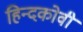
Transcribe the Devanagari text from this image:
हिन्दकोवी